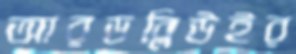
আরডব্লিউইর